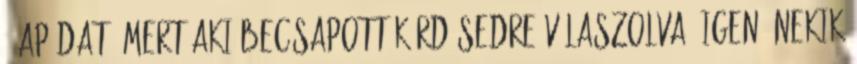
. apádat, mert aki becsapott Kérdésedre válaszolva, igen, nekik